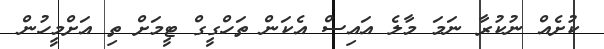
ކުށެއް ނުކުރާ ނަމަ މާލެ އައިސް އެކަން ތަހްގީގް ޓީމަށް ތި އަށްމީހުން